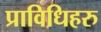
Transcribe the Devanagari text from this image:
प्राविधिहरु